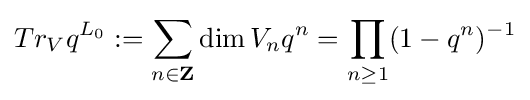
Tr_{V}q^{L_{0}}:=\sum _{n\in \mathbf {Z} }\dim V_{n}q^{n}=\prod _{n\geq 1}(1-q^{n})^{-1}